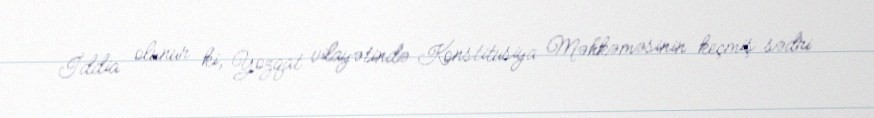
İddia olunur ki, Yozqat vilayətində Konstitusiya Məhkəməsinin keçmiş sədri